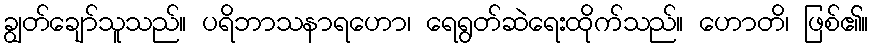
ချွတ်ချော်သူသည်။ ပရိဘာသနာရဟော၊ ရေရွတ်ဆဲရေးထိုက်သည်။ ဟောတိ၊ ဖြစ်၏။